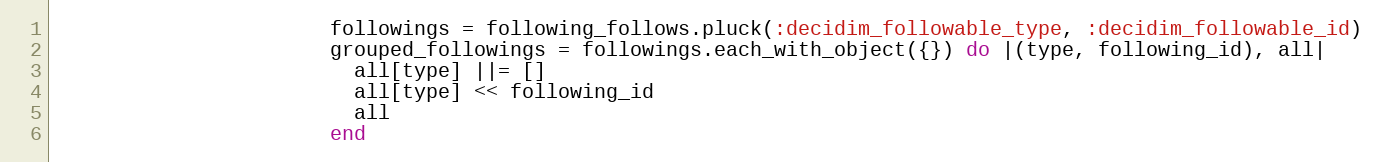
Language: Ruby
                       followings = following_follows.pluck(:decidim_followable_type, :decidim_followable_id)
                       grouped_followings = followings.each_with_object({}) do |(type, following_id), all|
                         all[type] ||= []
                         all[type] << following_id
                         all
                       end